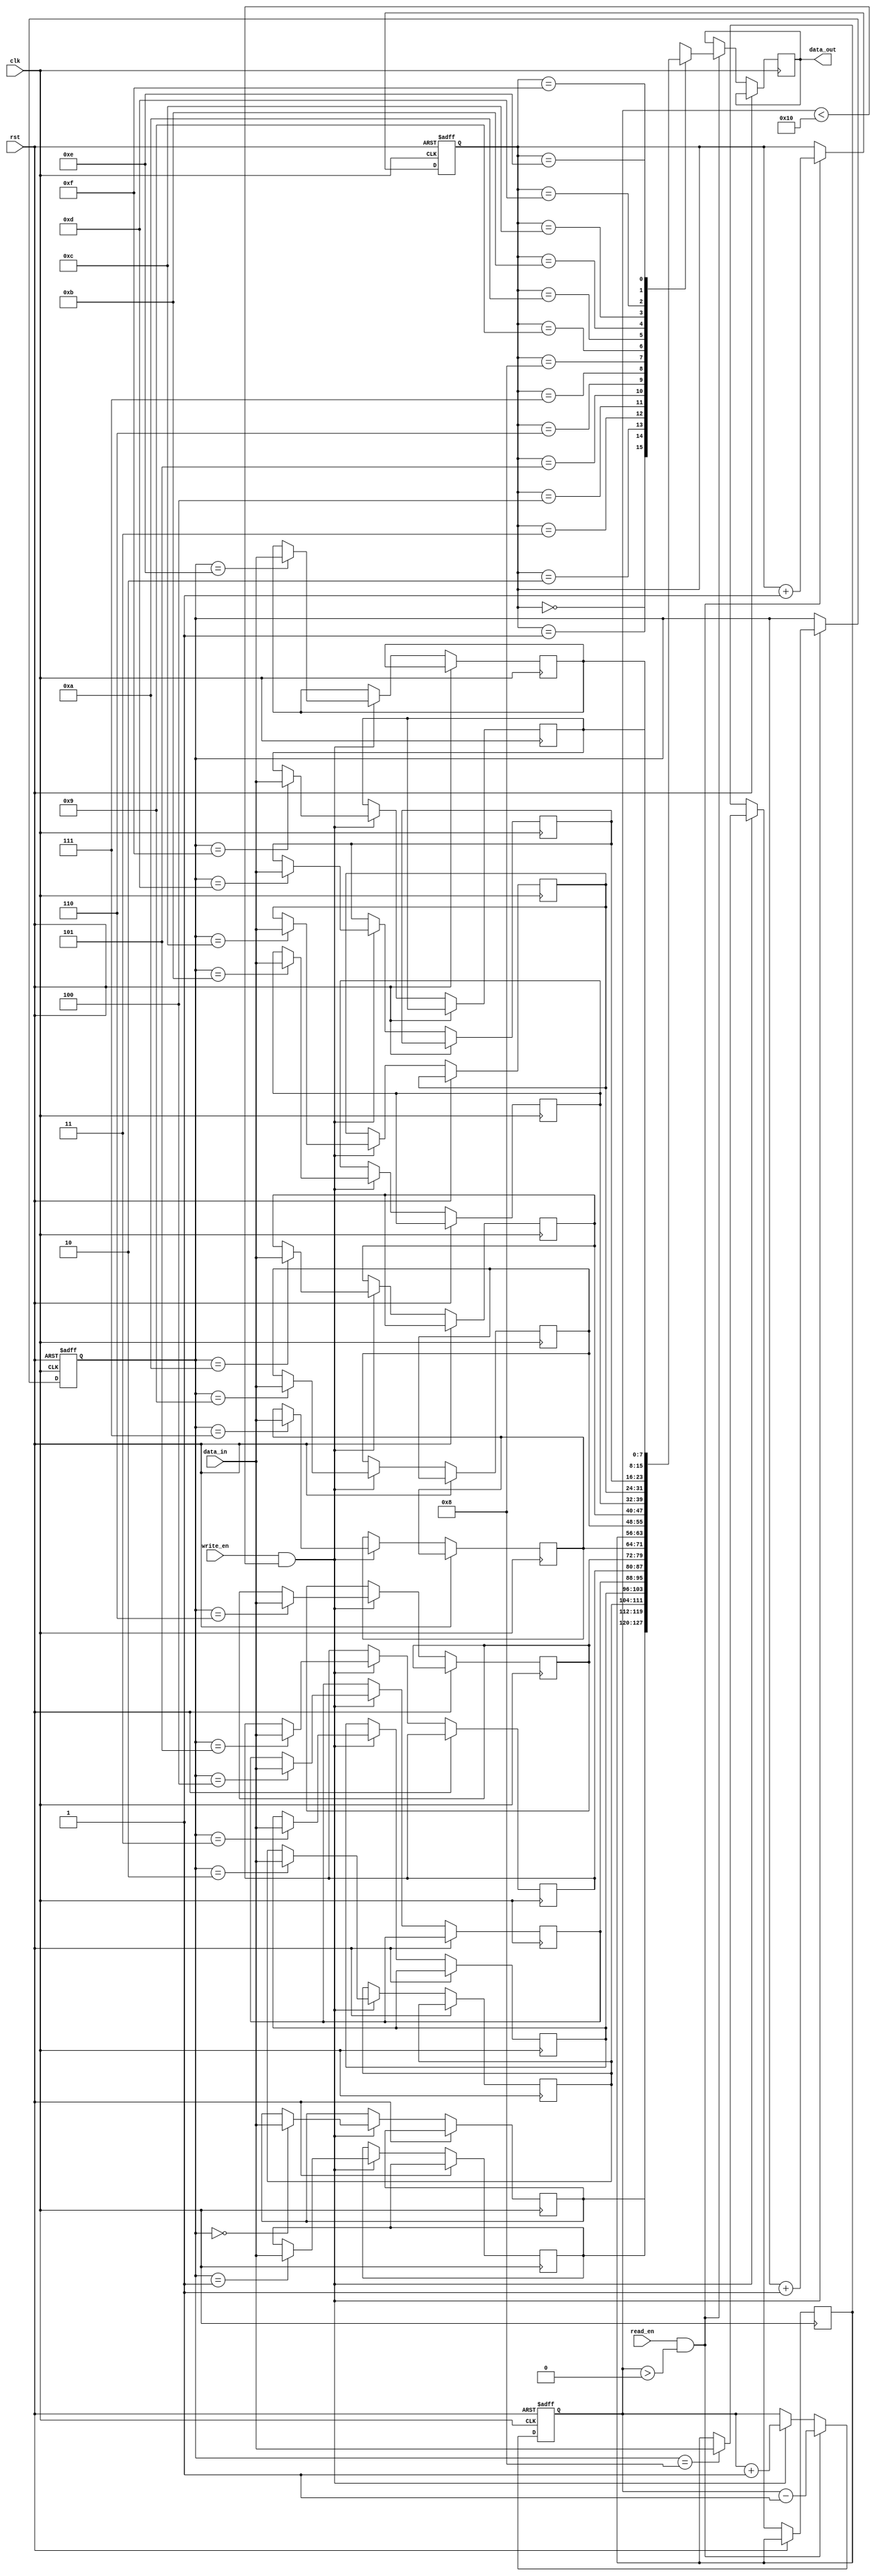
module almost_full_fifo #(
    parameter DATA_WIDTH = 8
)(
    input wire clk,
    input wire rst,
    input wire write_en,
    input wire read_en,
    input wire [DATA_WIDTH-1:0] data_in,
    output reg [DATA_WIDTH-1:0] data_out
);

reg [DATA_WIDTH-1:0] buffer [0:15];
reg [3:0] write_ptr, read_ptr;
reg [3:0] count;

always @(posedge clk or posedge rst) begin
    if(rst) begin
        write_ptr <= 0;
        read_ptr <= 0;
        count <= 0;
    end else begin
        if(write_en && count < 16) begin
            buffer[write_ptr] <= data_in;
            write_ptr <= write_ptr + 1;
            count <= count + 1;
        end
        
        if(read_en && count > 0) begin
            data_out <= buffer[read_ptr];
            read_ptr <= read_ptr + 1;
            count <= count - 1;
        end
    end
end

endmodule